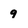
Character: 9